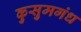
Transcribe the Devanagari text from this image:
कुसुमगंध